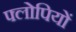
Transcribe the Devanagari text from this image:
फ्लोपियों